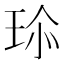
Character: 𤤽